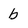
Character: b